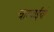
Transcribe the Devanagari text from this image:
चारपाईयां